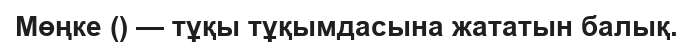
Мөңке () — тұқы тұқымдасына жататын балық.